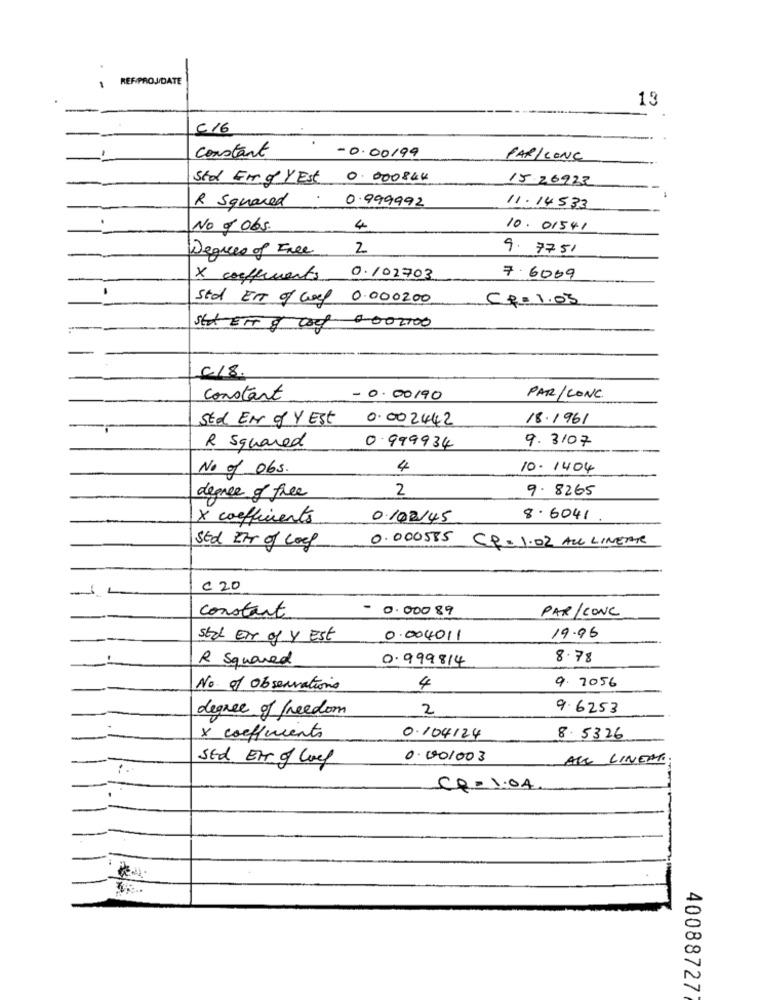
REF/PROJ/DATE
13
C 16
constant
-0.00199
PAR/CONC
Sto Fr g YEst 0. 000844
15-26923
R Squared
. 0.999992
11.14533
.
No Jobs.
4
10. 01541
Degrees of Free
2
9. 7751
X coefficients 0.102703
7. 6009
Std En of Gel 0.000200
Cf=1.03
shot ETT 9 cod 0.002100
C/8.
constant
- 0.00190
PAR/ CONC
Std EN of Y Est
0.002442
18.1961
9.3107
R Squared
0.999934
No of obs.
4
10. 1404
2
9.8265
degree of free
X coefficients
0.102/45
8.6041
0.000585 CP= 1.02 ALL LINETTE
Std ztr of Loof
C 20
constant
- 0.00089
PAR/CONC
SELL EN of Y Est
0.004011
19.96
R Squared
0. 999814
8.78
9. 2056
No. of observatione
4
degree of freedom
2
9.6253
x coefficients
0.104124
8.5326
Std Er of Cool
0.001003
AIR LINERS;
CQ=1.04
40088727